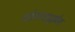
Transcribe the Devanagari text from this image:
धोरणामुळेच